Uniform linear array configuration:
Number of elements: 12
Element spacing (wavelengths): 0.5
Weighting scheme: binomial
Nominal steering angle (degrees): -15
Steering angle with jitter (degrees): -16.242
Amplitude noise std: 0.05
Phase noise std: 0.05

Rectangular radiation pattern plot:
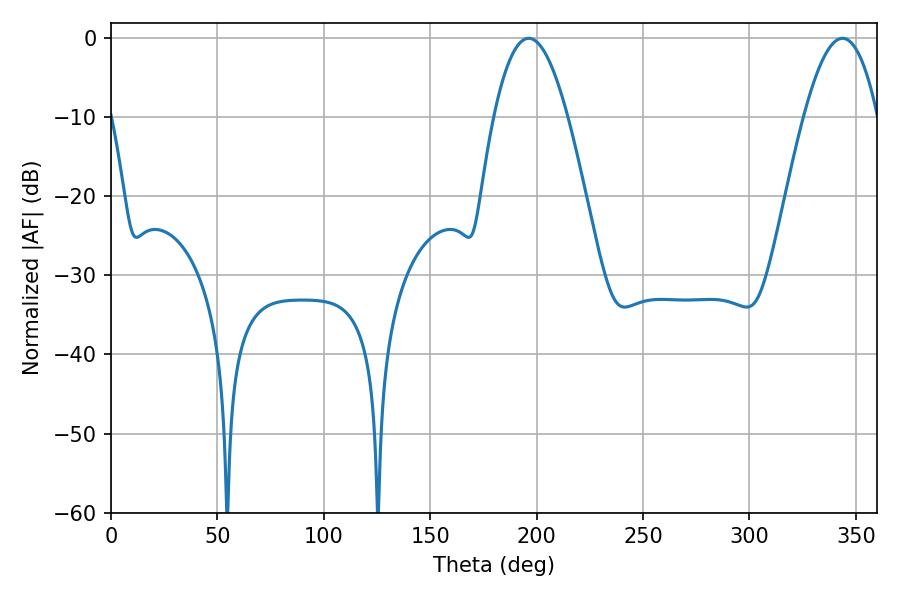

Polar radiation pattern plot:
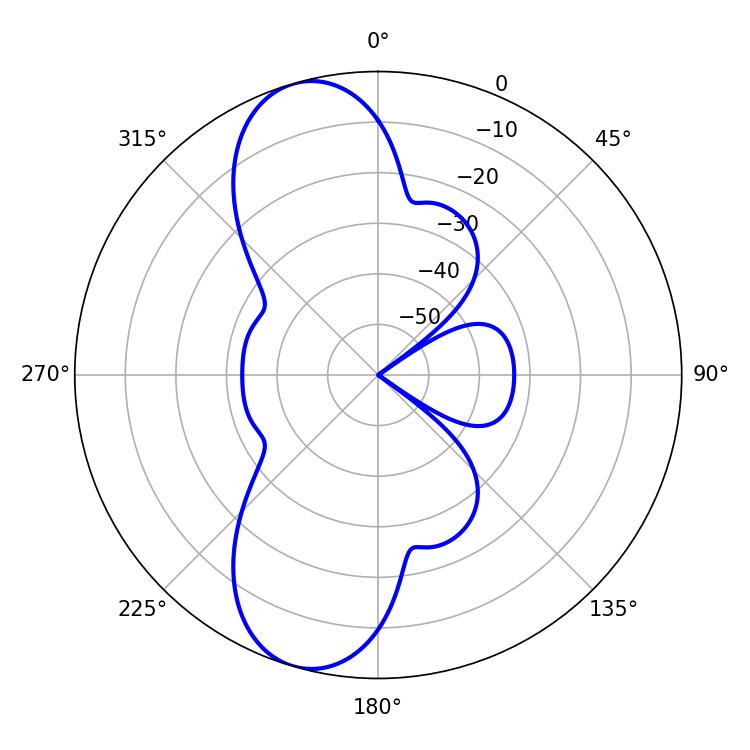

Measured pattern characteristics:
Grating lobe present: FALSE
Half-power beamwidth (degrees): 19.08
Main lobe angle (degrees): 196.2